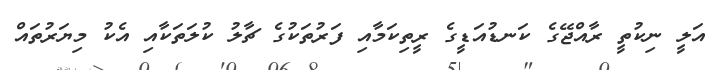
އަލީ ނިކުތީ ރާއްޖޭގެ ކަނޑުއަޑީގެ ރީތިކަމާއި ފަރުތަކުގެ ޗާލު ކުލަތަކާއި އެކު މިޔަރުތައް